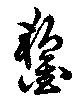
鏨